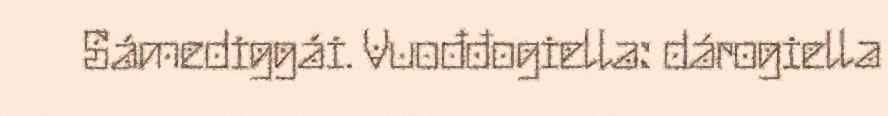
Sámediggái. Vuođđogiella: dárogiella